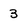
Character: 3